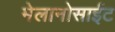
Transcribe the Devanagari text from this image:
मेलानोसाईट